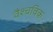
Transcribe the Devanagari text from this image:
वैश्चविक